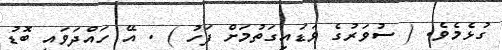
ގުޅެމެވެ. ( ސުވަރުގެ ވަޑައިގަތުމަށް ފަހު ) . އޭ ހައްދަވައި ބޮޑު